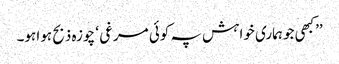
’’کبھی جو ہماری خواہش پہ کوئی مرغی ‘ چوزہ ذبح ہوا ہو۔